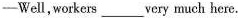
-Well, workers ___ very much here.